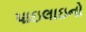
પાઇલાઇનો